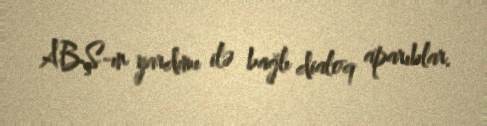
ABŞ-ın yardımı ilə bağlı dialoq aparıblar.